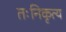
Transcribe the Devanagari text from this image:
तःनिकृत्य